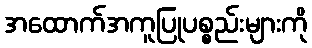
အထောက်အကူပြုပစ္စည်းများကို